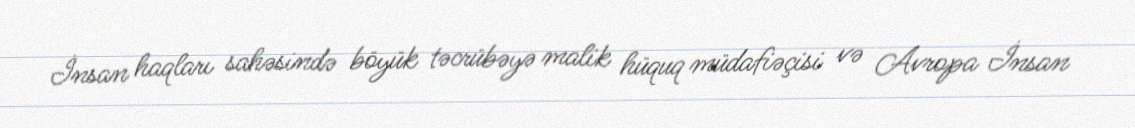
İnsan haqları sahəsində böyük təcrübəyə malik hüquq müdafiəçisi və Avropa İnsan